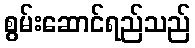
စွမ်းဆောင်ရည်သည်